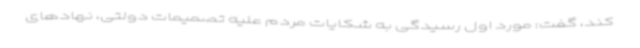
کند، گفت: مورد اول رسیدگی به شکایات مردم علیه تصمیمات دولتی، نهادهای